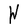
Character: W